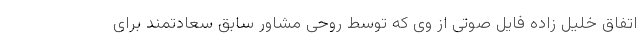
اتفاق خلیل زاده فایل صوتی از وی که توسط روحی مشاور سابق سعادتمند برای